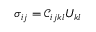
\sigma _ { i j } = \mathcal { C } _ { i j k l } U _ { k l }